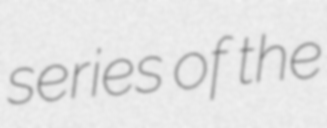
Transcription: series of the